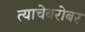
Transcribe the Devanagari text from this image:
त्याचेबरोबर